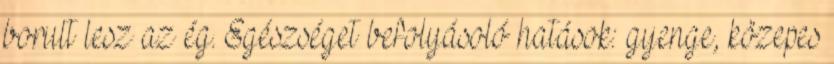
borult lesz az ég. Egészséget befolyásoló hatások: gyenge, közepes